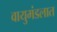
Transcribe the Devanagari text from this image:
वायुमंडलात